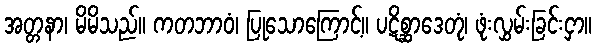
အတ္တနာ၊ မိမိသည်။ ကတဘာဝံ၊ ပြုသောကြောင့်။ ပဋိစ္ဆာဒေတုံ၊ ဖုံးလွှမ်းခြင်းငှာ။